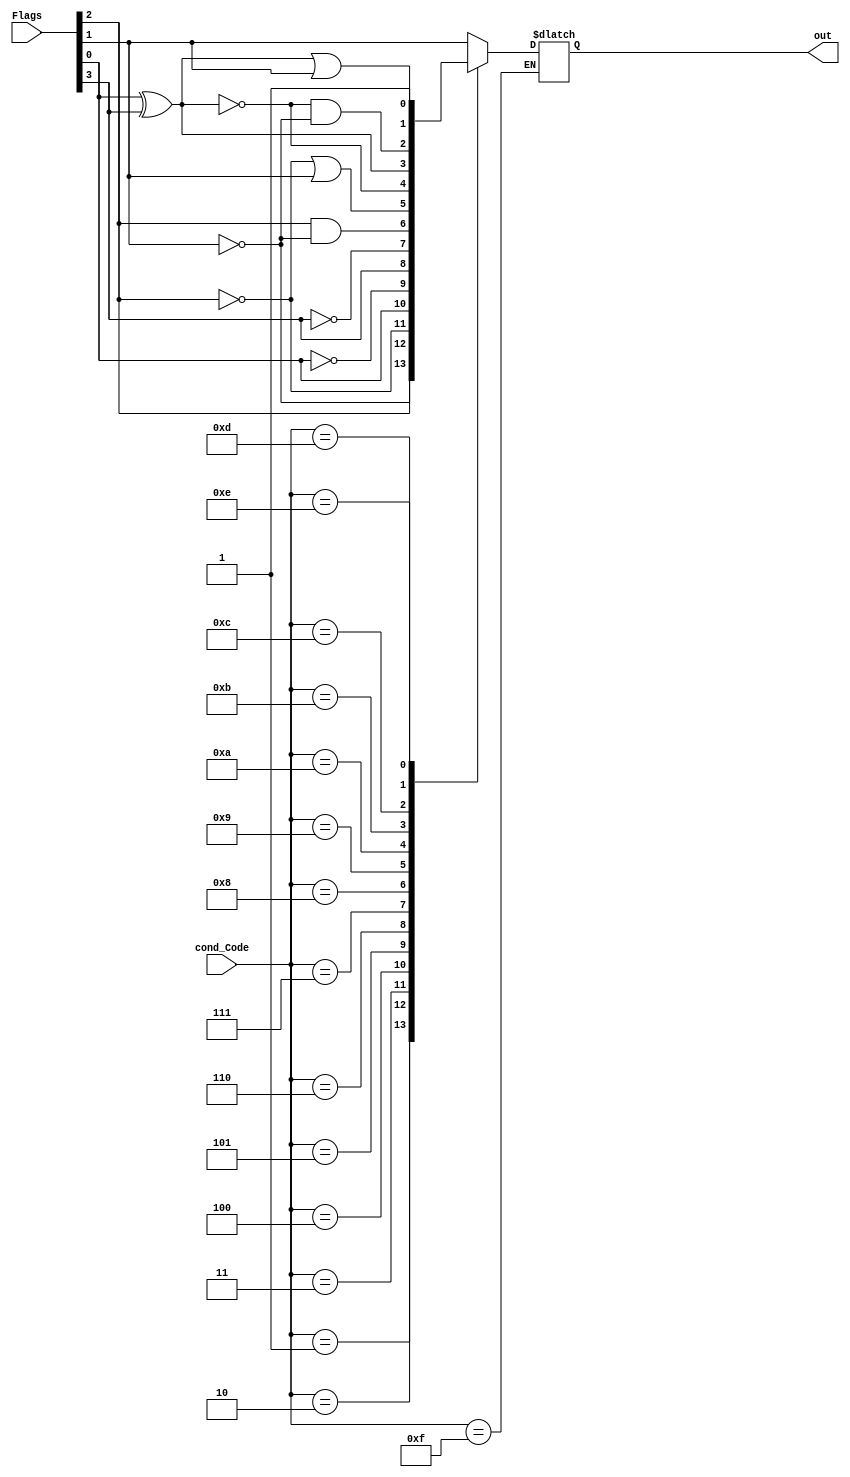
// Input Signal Manager

// Flags[0] = Negative Flag
// Flags[1] = Zero Flag
// Flags[2] = Carry Flag
// Flags[3] = Overflow Flag

module Input_Manager (output reg out, input [3:0] Flags, cond_Code);


always @ (*)
begin
	
	case (cond_Code)

	4'b0000: // EQ
	begin
		out = Flags[1];
	end 

	4'b0001: // NE
	begin
		out = ~Flags[1];
	end 

	4'b0010: // CS/HS
	begin
		out = Flags[2];
	end 
	
	4'b0011: // CC/LO
	begin
		out = ~Flags[2];
	end 
	
	4'b0100: // MI
	begin
		out = Flags[0];
	end 
	
	4'b0101: // PL
	begin
		out = ~Flags[0];
	end 
	
	4'b0110: // VS
	begin
		out = Flags[3];
	end 
	
	4'b0111: // VC
	begin
		out = ~Flags[3];
	end 
	
	4'b1000: // HI
	begin
		out = Flags[2] & ~Flags[1];
	end 
	
	4'b1001: // LS
	begin
		out = ~Flags[2] | Flags[1];
	end 
	
	4'b1010: // GE
	begin
		out = ~(Flags[0] ^ Flags[3]);
	end 
	
	4'b1011: // LT
	begin
		out = Flags[0] ^ Flags[3];
	end 
	
	4'b1100: // GT
	begin
		out = ~(Flags[0] ^ Flags[3]) & (~Flags[1]);
	end 
	
	4'b1101: // LE
	begin
		out = (Flags[0] ^ Flags[3]) | (Flags[1]);
	end 
	
	4'b1110: // AL
	begin
		out = 1'b1;
	end 
	
	// Spare
	4'b1111:
	begin
	end 
	
	endcase
end 

endmodule